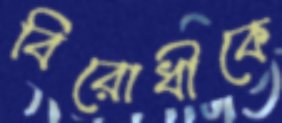
বিরোধীকে